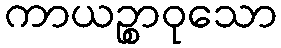
ကာယဉ္စာဝုသော